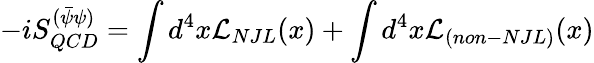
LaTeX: -iS_{QCD}^{(\bar{\psi}\psi)}=\int d^{4}x{\cal L}_{NJL}(x)+\int d^{4}x{\cal L}_{(non-NJL)}(x)